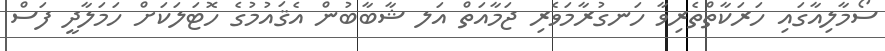
ސޯމާލިއާގައި ހަރަކާތްތެރިވާ ހަނގުރާމަވެރި ޖަމާއަތް އަލ ޝާބާބުން އެޤައުމުގެ ހޮޓަލަކަށް ހަމަލާދީ ފަސް